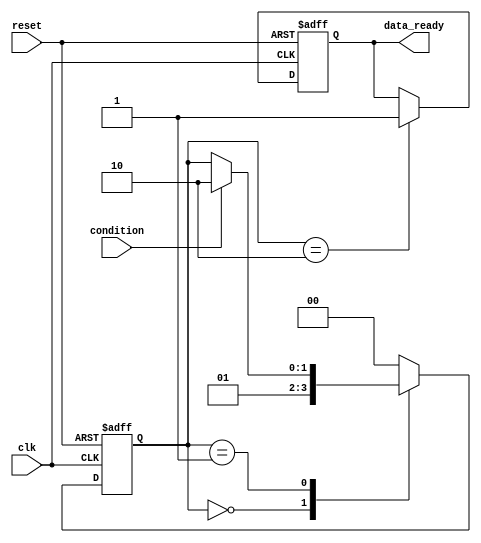
module wait_example (
    input wire clk,
    input wire reset,
    input wire condition, // The boolean condition to wait for
    output reg data_ready // Output to indicate data is ready
);

    // State declaration
    reg [1:0] state;

    // State encoding
    localparam IDLE = 2'b00,
               WAIT = 2'b01,
               PROCESS = 2'b10;

    // Sequential process
    always @(posedge clk or posedge reset) begin
        if (reset) begin
            state <= IDLE;
            data_ready <= 0;
        end else begin
            case (state)
                IDLE: begin
                    // Transition to WAIT state
                    state <= WAIT;
                end
                
                WAIT: begin
                    // Wait for the condition to become true
                    if (condition) begin
                        state <= PROCESS; // Condition met, proceed to PROCESS
                    end
                    // If condition is false, remain in WAIT state
                end
                
                PROCESS: begin
                    // Perform processing
                    data_ready <= 1; // Indicate that data is ready
                    // Transition back to IDLE or any other state as needed
                    state <= IDLE; // For this example, go back to IDLE
                end
                
                default: state <= IDLE; // Default case to handle unexpected states
            endcase
        end
    end

endmodule